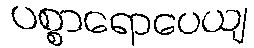
ပစ္စာရောပေယျ